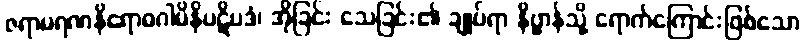
ဇရာမရဏနိရောဓဂါမိနိပဋိပဒံ၊ အိုခြင်း သေခြင်း၏ ချုပ်ရာ နိဗ္ဗာန်သို့ ရောက်ကြောင်းဖြစ်သော